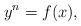
LaTeX: \begin{align*} y^n= f(x),\end{align*}